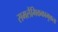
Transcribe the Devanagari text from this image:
समलैंगिककामुकता